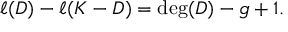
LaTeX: \ell ( D ) - \ell ( K - D ) = \deg ( D ) - g + 1 .